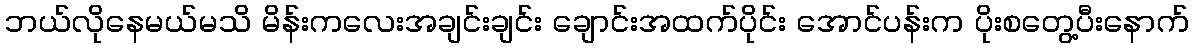
ဘယ်လိုနေမယ်မသိ မိန်းကလေးအချင်းချင်း ချောင်းအထက်ပိုင်း အောင်ပန်းက ပိုးစတွေ့ပီးနောက်